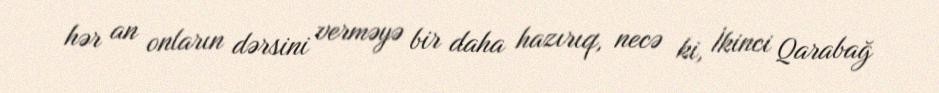
hər an onların dərsini verməyə bir daha hazırıq, necə ki, İkinci Qarabağ